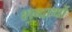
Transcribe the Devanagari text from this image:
शब्दार्थो